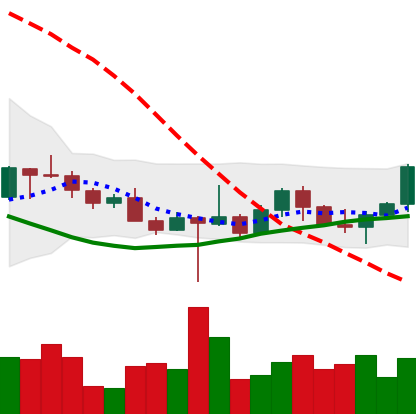
Ticker: ETH-USD
Chart end date: 2022-10-23
Forward return: 14.084%
Label: up_7plus